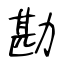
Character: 勘